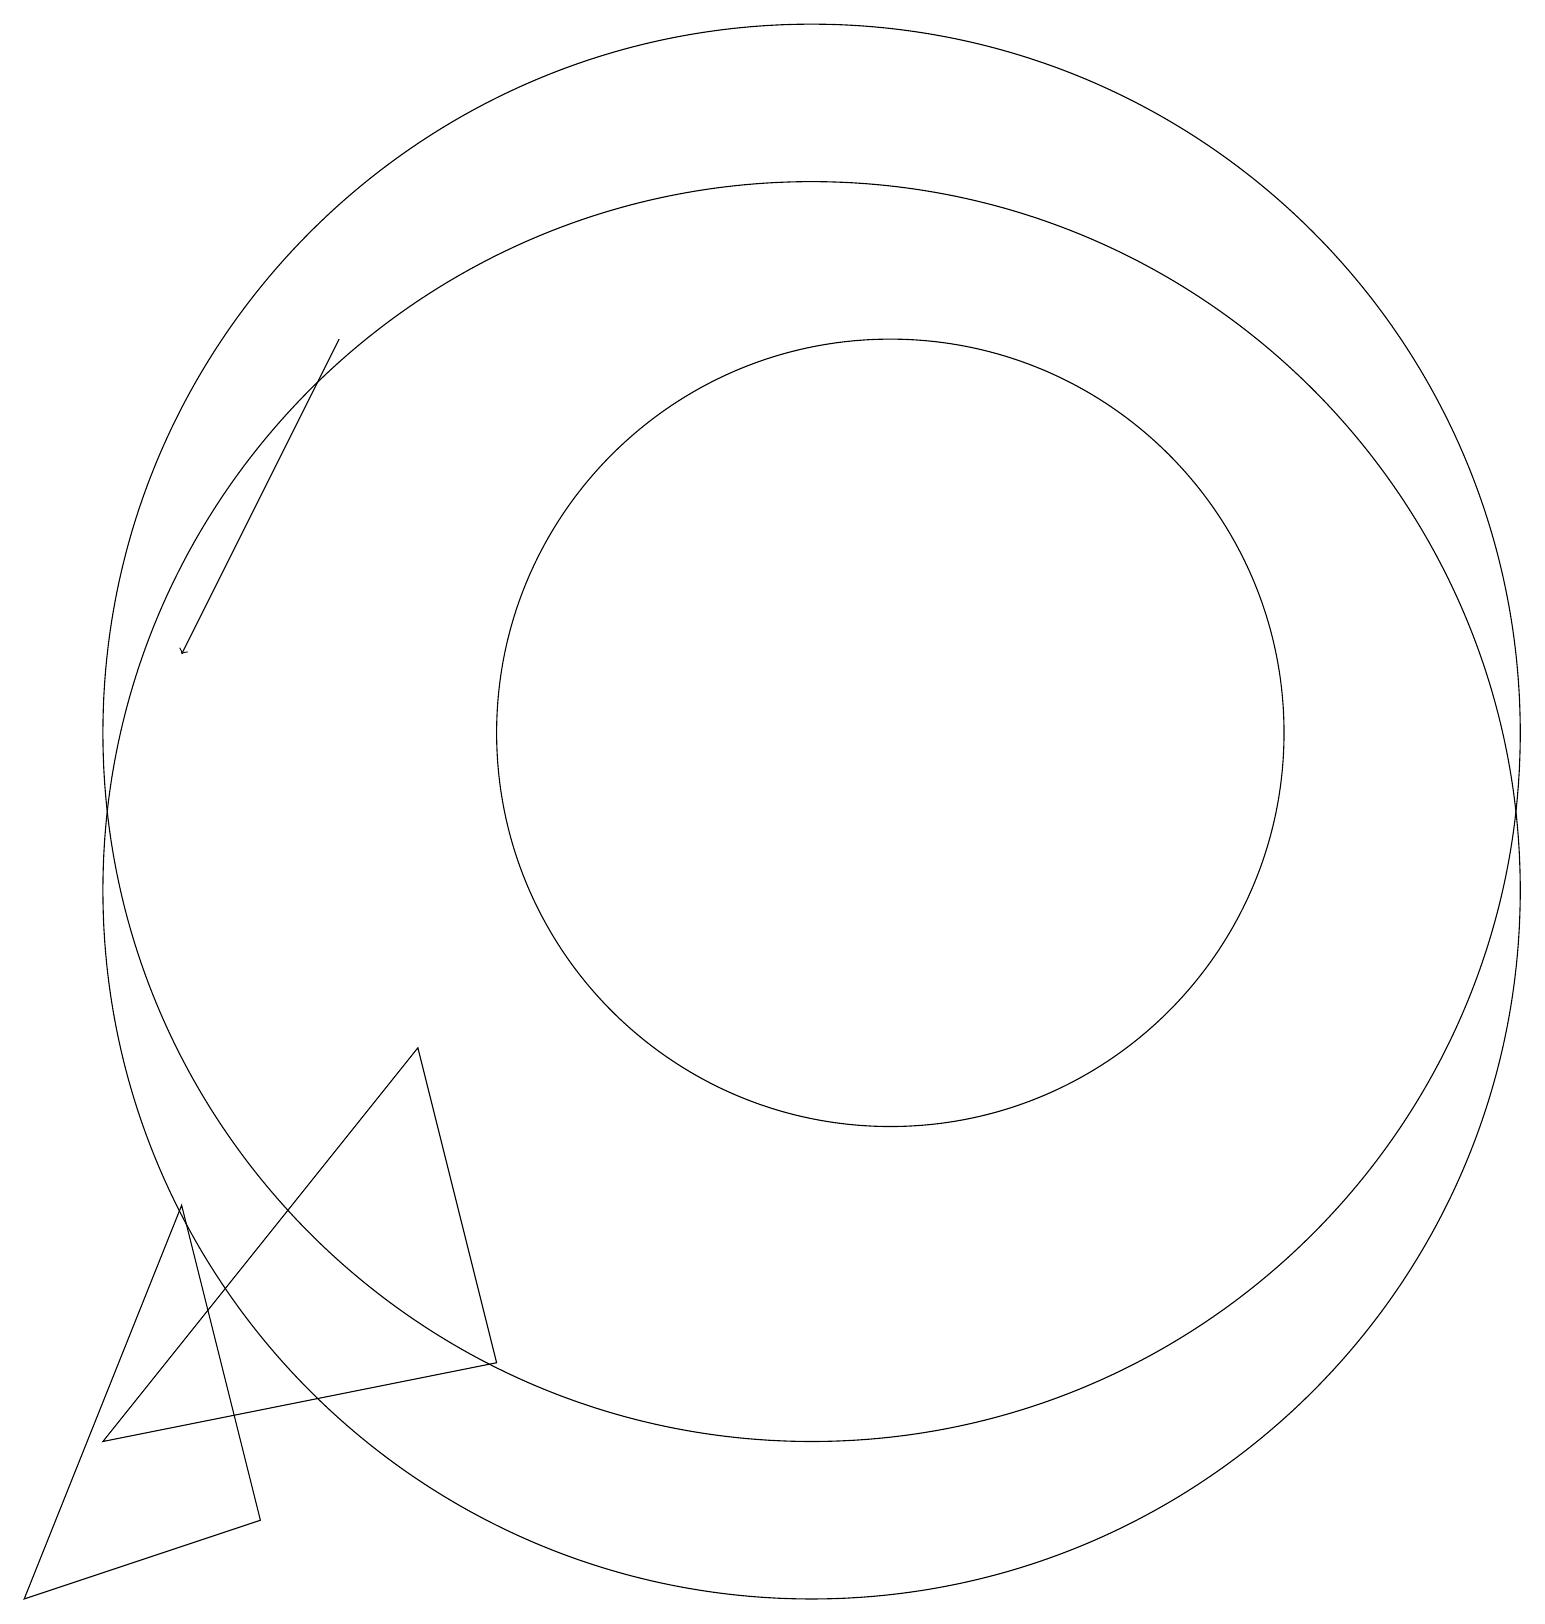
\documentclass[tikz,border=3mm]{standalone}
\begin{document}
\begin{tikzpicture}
\draw (2,6) -- (0,1) -- (3,2) -- cycle;
\draw (5,8) -- (6,4) -- (1,3) -- cycle;
\draw (10,12) circle (9);
\draw (10,10) circle (9);
\draw (11,12) circle (5);
\draw[->] (4,17) -- (2,13);
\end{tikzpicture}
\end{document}